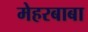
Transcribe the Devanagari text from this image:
मेहरबाबा